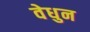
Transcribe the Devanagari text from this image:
वेधुन